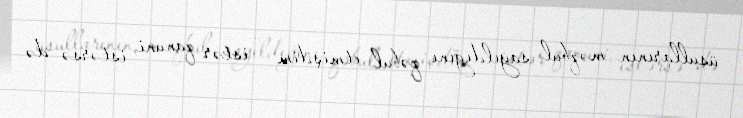
üsullarının məqbul sayıldığını qəbul etmişdim - istər qanuni, istərsə də